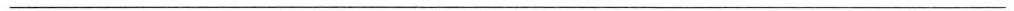
___